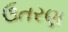
ઉતરણ